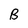
Character: B